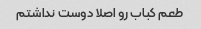
طعم کباب رو اصلا دوست نداشتم